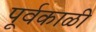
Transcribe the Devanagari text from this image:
पूर्वकाळी